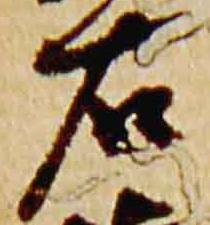
右